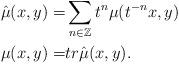
LaTeX: \begin{align*}\begin{aligned}\hat\mu(x,y)= &\sum_{n\in \mathbb Z} t^n \mu(t^{-n}x,y)\\\mu(x,y)= &tr \hat \mu(x,y).\end{aligned}\end{align*}